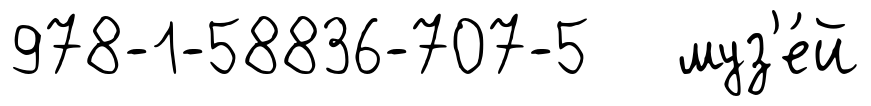
978-1-58836-707-5 муз'е́й